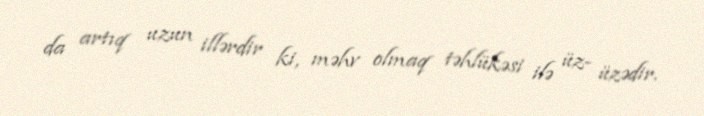
da artıq uzun illərdir ki, məhv olmaq təhlükəsi ilə üz- üzədir.